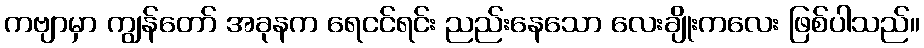
ကဗျာမှာ ကျွန်တော် အခုနက ရေငင်ရင်း ညည်းနေသော လေးချိုးကလေး ဖြစ်ပါသည်။